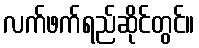
လက်ဖက်ရည်ဆိုင်တွင်။